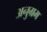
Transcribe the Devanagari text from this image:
अनुग्रम